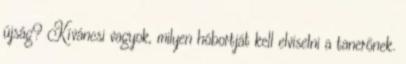
újság? Kíváncsi vagyok, milyen hóbortját kell elviselni a tanerőnek.